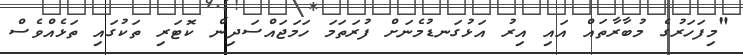
"މިފަހަރުގެ މުބާރާތައް އައި އިރު އަޅުގަނޑުމެނަށް ފުރަތަމަ ހަމަޖައްސަދިން ކޮޓަރި ތަކުގައި ތަޅެއްވެސް